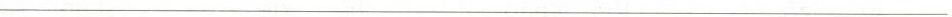
___